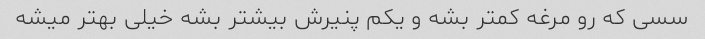
سسی که رو مرغه کمتر بشه و یکم پنیرش بیشتر بشه خیلی بهتر میشه